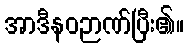
အာဒီနဝဉာဏ်ပြီး၏။